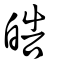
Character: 皓